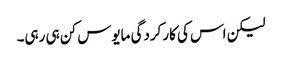
لیکن اس کی کارکردگی مایوس کن ہی رہی۔